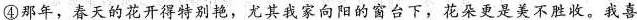
④那年，春天的花开得特别艳，尤其我家向阳的窗台下，花朵更是美不胜收。我喜